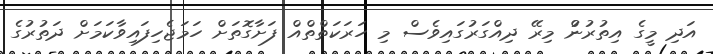
އަދި މީގެ އިތުރުނުް މިރޭ ދިއްގަރުގައިވެސް މި ހަރަކަތްތްއް ފަށާގޮތަށް ހަމަޖެހިފައިވާކަމަށް ދަތުރުގެ